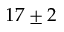
1 7 \pm 2